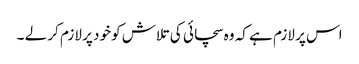
اس پر لازم ہے کہ وہ سچائی کی تلاش کو خود پر لازم کر لے ۔